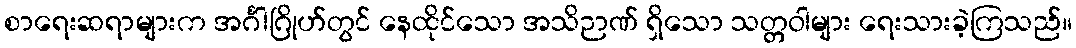
စာရေးဆရာများက အင်္ဂါဂြိုဟ်တွင် နေထိုင်သော အသိဉာဏ် ရှိသော သတ္တဝါများ ရေးသားခဲ့ကြသည်။